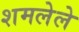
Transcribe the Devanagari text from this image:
शमलेले